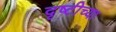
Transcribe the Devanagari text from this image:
दृष्टीच्या